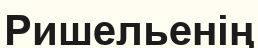
Ришельенің